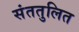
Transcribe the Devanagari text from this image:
संततुलित